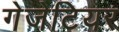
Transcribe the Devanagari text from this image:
गेजेटियर